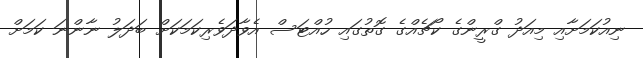
ނިއުކަމަށާއި މިއަދު ގްރީންގެ ކޯޗެއްގެ ގޮތުގައި ހުއްޓަސް އެވާދަވެރިކަމަކަށް ބަދަލު ނާންނަ ކަމަށް